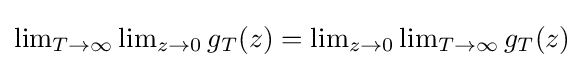
{\textstyle \lim _{T\to \infty }\lim _{z\to 0}g_{T}(z)=\lim _{z\to 0}\lim _{T\to \infty }g_{T}(z)}